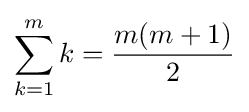
\sum _{k=1}^{m}k={\frac {m(m+1)}{2}}